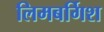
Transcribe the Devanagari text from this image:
लिमबर्गिश